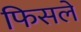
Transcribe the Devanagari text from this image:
फिसलें